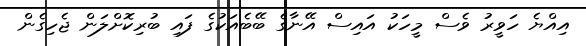
އިއްޔެ ހަވީރު ވެސް މީހަކު އައިސް އޭނާގެ ބޭބެއަކުގެ ފައި ބުރިކޮށްލަން ޖެހިގެން